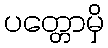
ပတ္တောမှိ